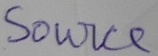
Text: Source